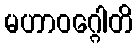
မဟာဝဂ္ဂေါတိ